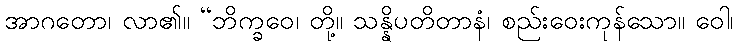
အာဂတော၊ လာ၏။ “ဘိက္ခဝေ၊ တို့။ သန္နိပတိတာနံ၊ စည်းဝေးကုန်သော။ ဝေါ၊